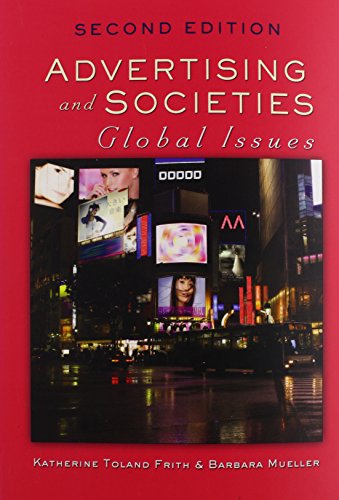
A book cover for Advertising and Societies: Global Issues; Katherine Toland Frith; Business & Money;